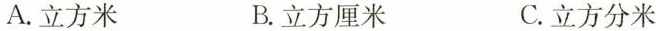
A.立方米 B.立方厘米 C.立方分米